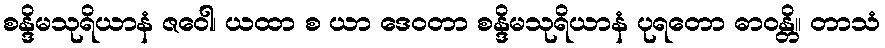
စန္ဒိမသုရိယာနံ ဇဝေါ၊ ယထာ စ ယာ ဒေဝတာ စန္ဒိမသုရိယာနံ ပုရတော ဓာဝန္တိ။ တာသံ